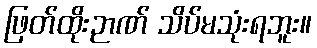
ဖြတ်ထိုးဉာဏ် သိပ်မသုံးရဘူး။